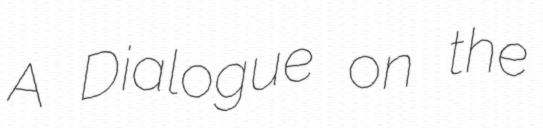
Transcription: A Dialogue on the